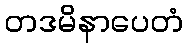
တဒမိနာပေတံ